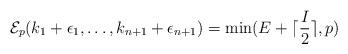
LaTeX: \begin{align*}\mathcal{E}_p(k_1+ \epsilon_1, \ldots, k_{n+1}+\epsilon_{n+1})=\mathrm{min}(E+\lceil \frac{I}{2}\rceil, p)\end{align*}